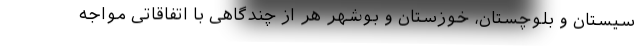
سیستان و بلوچستان، خوزستان و بوشهر هر از چندگاهی با اتفاقاتی مواجه